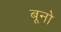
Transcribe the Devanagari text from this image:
बूनो